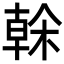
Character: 榦